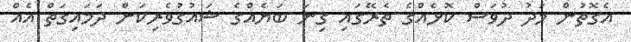
އެގޮތުން މަދު ދުވަސް ކޮޅެއްގެ ތެރޭގައި ގިނަ ބަޔެއްގެ ޝައުގުވެރިކަން ދަމައިގަތް އެއް